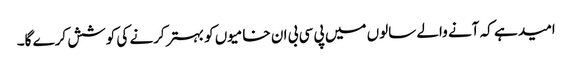
امید ہے کہ آنے والے سالوں میں پی سی بی ان خامیوں کو بہتر کرنے کی کوشش کرے گا۔